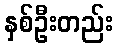
နှစ်ဦးတည်း